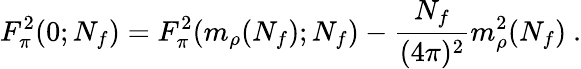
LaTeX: F_{\pi}^{2}(0;N_{f})=F_{\pi}^{2}(m_{\rho}(N_{f});N_{f})-\frac{N_{f}}{(4\pi)^{2}}m_{\rho}^{2}(N_{f})\ .